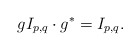
\begin{align*}g I_{p,q}\cdot g^*= I_{p,q}.\end{align*}